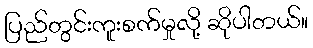
ပြည်တွင်းကူးစက်မှုလို့ ဆိုပါတယ်။